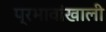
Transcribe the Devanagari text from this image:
प्रभावांखाली